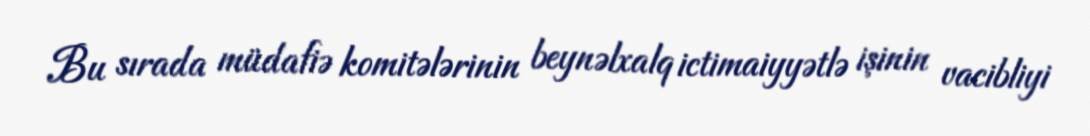
Bu sırada müdafiə komitələrinin beynəlxalq ictimaiyyətlə işinin vacibliyi